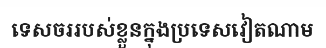
ទេសចររបស់ខ្លួនក្នុងប្រទេសវៀតណាម